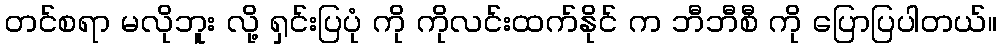
တင်စရာ မလိုဘူး လို့ ရှင်းပြပုံ ကို ကိုလင်းထက်နိုင် က ဘီဘီစီ ကို ပြောပြပါတယ်။